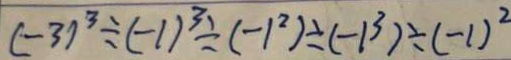
( - 3 ) ^ { 3 } \div ( - 1 ) ^ { 3 } \div ( - 1 ^ { 2 } ) \div ( - 1 ^ { 3 } ) \div ( - 1 ) ^ { 2 }